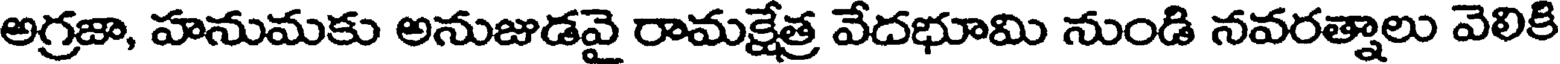
అగ్రజా, హనుమకు అనుజుడవై రామక్షేత్ర వేదభూమి నుండి నవరత్నాలు వెలికి